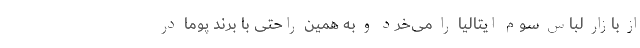
از بازار لباس سوم ایتالیا را می‌خرد و به همین راحتی با برند پوما در